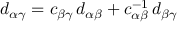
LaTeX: d _ { \alpha \gamma } = c _ { \beta \gamma } \, d _ { \alpha \beta } + c _ { \alpha \beta } ^ { - 1 } \, d _ { \beta \gamma }